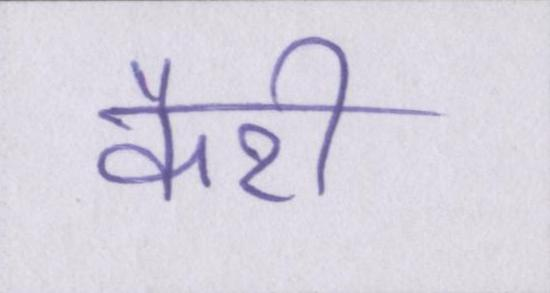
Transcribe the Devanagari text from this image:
कैरी